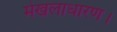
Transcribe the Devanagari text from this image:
मेखलाधारण।